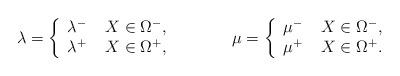
LaTeX: \begin{align*}\lambda=\left\{\begin{array}{cc}\lambda^- & \; X\in \Omega^- , \\\lambda^+ & \; X\in \Omega^+ ,\end{array}\right.~~~~~~~~~~\mu=\left\{\begin{array}{cc}\mu^- & \; X\in \Omega^- , \\\mu^+ & \; X\in \Omega^+ .\end{array}\right.\end{align*}